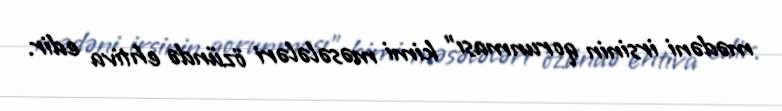
mədəni irsinin qorunması” kimi məsələləri özündə ehtiva edir.